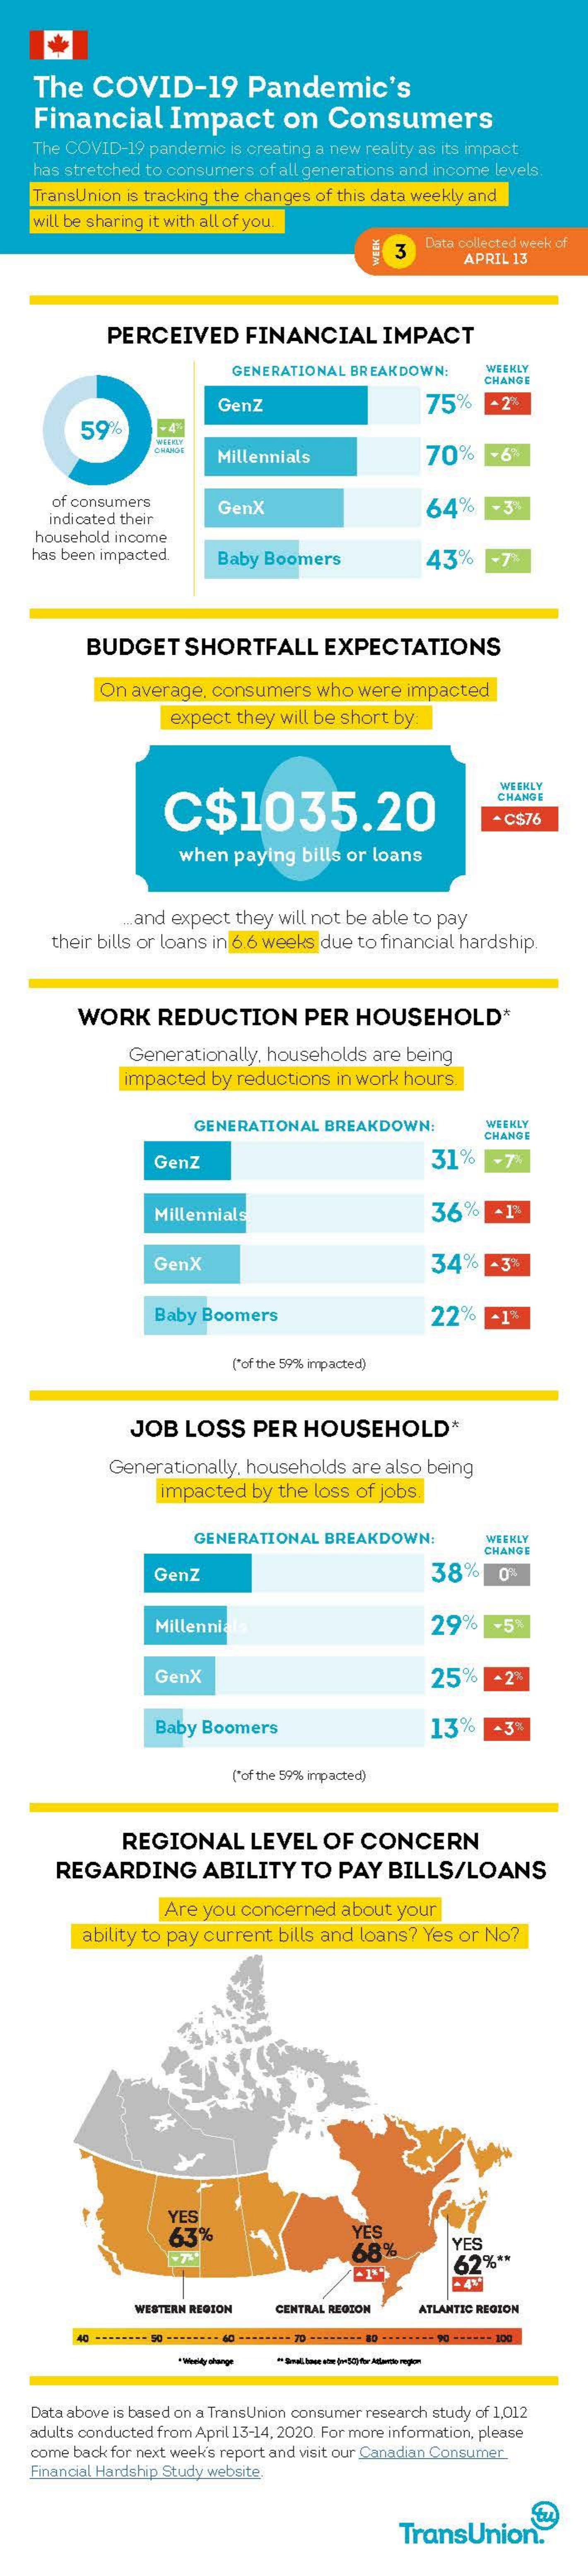
The   COVID-19    Pandemic's
    Financial    Impact    on    Consumers
     The COVID-19 pandemic  is creating a new reality as its impact
    has stretched to consumers  of all generations and income levels.
    TransUnion is tracking the changes of this data weekly and
    will be sharing it with all of you.
     3
     Data collected week of
     APRIL 13
     PERCEIVED    FINANCIAL    IMPACT
     GENERATIONAL  BREAKDOWN:    WEEKLY
     CHANGE
     GenZ    75%
     59%
     Millennials    70%
     of consumers
     indicated their
     GenX    6.4%    - 3
    household income
    has been impacted.    Baby Boomers    43%
     BUDGET    SHORTFALL    EXPECTATIONS
     On average,  consumers    who  were  impacted
     expect  they will be short by:
     C$1035.20
     WEEKLY
     CHANGE
     - C$76
     when  paying   bills or loans
     and  expect  they will not be able to pay
     their bills or loans in 6.6 weeks due to financial hardship.
     WORK    REDUCTION    PER   HOUSEHOLD*
     Generationally, households   are being
     impacted   by reductions  in work hours.
     GENERATIONAL    BREAKDOWN:    WEEKLY
     CHANGE
     GenZ    31%
     Millennials    36%    -1
     GenX    34%    -3%
     Baby Boomers    22%    -13
     ["of the 59% impacted)
     JOB   LOSS    PER   HOUSEHOLD*
     Generationally, households   are also being
     impacted   by the loss of jobs.
     GENERATIONAL   BREAKDOWN:    WEEKLY
     CHANGE
     GenZ    38%    O
     Millennia    29%    -5
     GenX    25%
     Baby  Boomers    13%
     "of the 59% impacted)
     REGIONAL    LEVEL    OF   CONCERN
     REGARDING    ABILITY    TO  PAY   BILLS/LOANS
     Are you concerned    about  your
     ability to pay current  bills and loans?  Yes or No?
     YES
     63%    YES
     68%    YES
     62%  **
     WESTERN REGION   CENTRAL REGION   ATLANTIC REGION
     * Vierdy olange ** Sindi bes ete jne 50% for Atlantis region
    Data above is based on a TransUnion consumer research study of 1,012
    adults conducted from April 13-14, 2020. For more information, please
    come back for next week's report and visit our Canadian Consumer.
    Financial Hardship Study website.
     TransUnion."